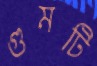
গুমটি